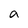
Character: a